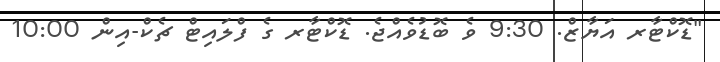
"ޑޮކްޓާރ އަޔާޒް. 9:30 ވެ ބޮޑުވެއްޖެ. ޑޮކްޓާރ ގެ ފްލައިޓް ޗެކް-އިން 10:00